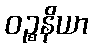
ဝဉ္စနိယာ